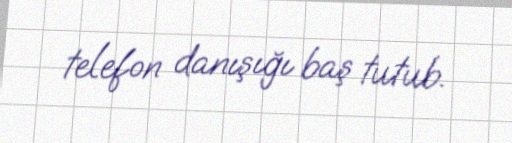
telefon danışığı baş tutub.